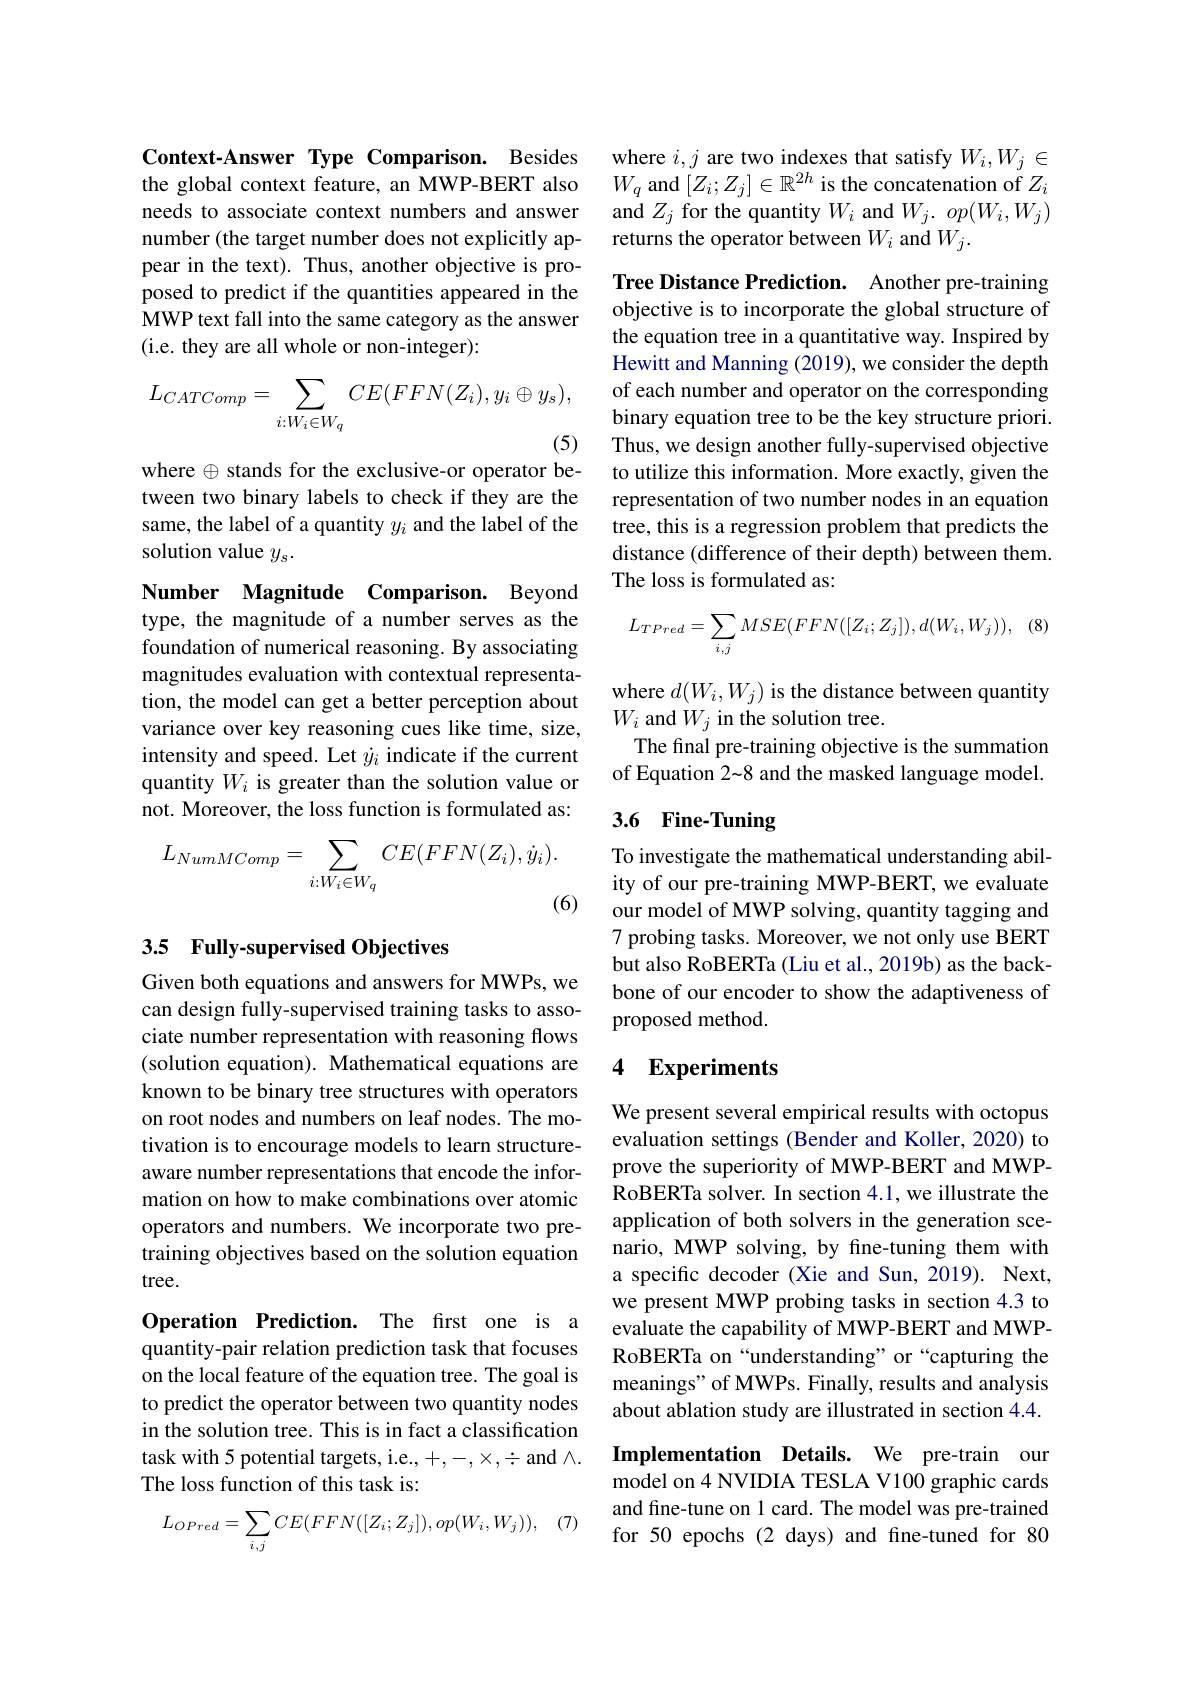
Context-Answer Type Comparison. Besides the global context feature, an MWP-BERT also needs to associate context numbers and answer number (the target number does not explicitly appear in the text). Thus, another objective is proposed to predict if the quantities appeared in the MWP text fall into the same category as the answer (i.e. they are all whole or non-integer):
$$L_{CATComp}=\sum_{i:W_i\in W_q}CE(FFN(Z_i),y_i\oplus y_s),$$
(5)

where $\oplus$ stands for the exclusive-or operator between two binary labels to check if they are the same, the label of a quantity $y_i$ and the label of the solution value $y_s.$

Number Magnitude Comparison. Beyond type, the magnitude of a number serves as the foundation of numerical reasoning. By associating magnitudes evaluation with contextual representation, the model can get a better perception about variance over key reasoning cues like time, size, intensity and speed. Let $j_i$ indicate if the current quantity $W_i$ is greater than the solution value or not. Moreover, the loss function is formulated as:
$$L_{NumMComp}=\sum_{i:W_{i}\in W_{q}}CE(FFN(Z_{i}),\dot{y}_{i}).$$
(6)

## 3.5 Fully-supervised Objectives

Given both equations and answers for MWPs, we can design fully-supervised training tasks to associate number representation with reasoning flows (solution equation). Mathematical equations are known to be binary tree structures with operators on root nodes and numbers on leaf nodes. The motivation is to encourage models to learn structureaware number representations that encode the information on how to make combinations over atomic operators and numbers. We incorporate two pretraining objectives based on the solution equation tree.

Operation Prediction. The frst one is a quantity-pair relation prediction task that focuses on the local feature of the equation tree. The goal is to predict the operator between two quantity nodes in the solution tree. This is in fact a classification task with 5 potential targets, i.e., +,-, X, ÷ and A. The loss function of this task is:

(7)
$$L_{OPred}=\sum_{i,j}CE(FFN([Z_{i};Z_{j}]),op(W_{i},W_{j})),$$
where $i,j$ are two indexes that satisfy $W_i,W_j\in$ $W_q$ and $[Z_i;Z_j]\in\mathbb{R}^{2h}$ is the concatenation of $Z_i$ and $Z_j$ for the quantity $W_i$ and $W_j. \textit{ op}( W_i, W_j)$ returns the operator between $W_i$ and $W_j.$

Tree Distance Prediction. Another pre-training objective is to incorporate the global structure of the equation tree in a quantitative way. Inspired by Hewitt and Manning (2019), we consider the depth of each number and operator on the corresponding binary equation tree to be the key structure priori. Thus, we design another fully-supervised objective to utilize this information. More exactly, given the representation of two number nodes in an equation tree, this is a regression problem that predicts the distance (difference of their depth) between them. The loss is formulated as:

$(\xi$
$$L_{TPred}=\sum_{i,j}MSE(FFN([Z_{i};Z_{j}]),d(W_{i},W_{j})),$$
where $d(W_i,W_j)$ is the distance between quantity
$W_i$ and $W_j$ in the solution tree.
The final pre-training objective is the summation of Equation 2~8 and the masked language model.

## 3.6 Fine-Tuning

To investigate the mathematical understanding ability of our pre-training MWP-BERT, we evaluate our model of MWP solving, quantity tagging and 7 probing tasks. Moreover, we not only use BERT but also RoBERTa (Liu et al., 2019b) as the backbone of our encoder to show the adaptiveness of proposed method.

### 4 Experiments

We present several empirical results with octopus evaluation settings (Bender and Koller, 2020) to prove the superiority of MWP-BERT and MWPRoBERTa solver. In section 4.1, we illustrate the application of both solvers in the generation scenario, MWP solving, by fine-tuning them with a specific decoder (Xie and Sun, 2019). Next, we present MWP probing tasks in section 4.3 to evaluate the capability of MWP-BERT and MWPRoBERTa on “understanding” or “capturing the meanings" of MWPs. Finally, results and analysis about ablation study are illustrated in section 4.4.

Implementation Details. We pre-train our model on 4 NVIDIA TESLA V100 graphic cards and fine-tune on 1 card. The model was pre-trained for 50 epochs (2 days) and fine-tuned for 80